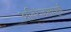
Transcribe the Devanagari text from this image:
अतिरंजनापूर्ण